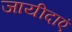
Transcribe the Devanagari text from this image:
जायीदाएं